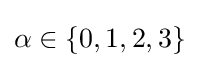
\alpha \in \{0,1,2,3\}